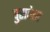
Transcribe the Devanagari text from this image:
पुरावेत्ता